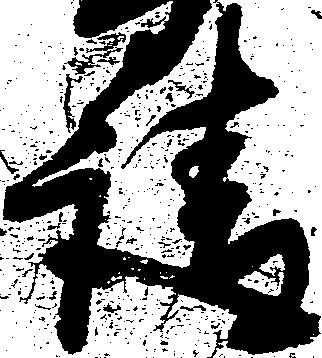
請